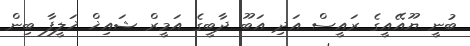
ބުނީ ޔޫއޭއީގެ ރައީސް އަދި އަބޫ ދާބީގެ އަމީރް ޝައިޚް ޚަލީފާ ބިން